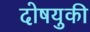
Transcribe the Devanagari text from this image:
दोषयुकी